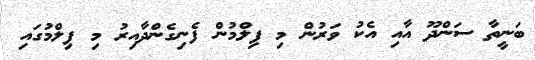
ބަނީތާ ސަންދޫ އާއި އެކު ވަރުން މި ފިލްމުން ފެނިގެންދާއިރު މި ފިލްމުގައި